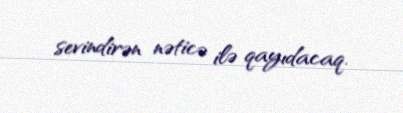
sevindirən nəticə ilə qayıdacaq.